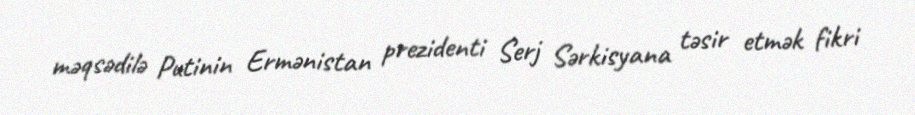
məqsədilə Putinin Ermənistan prezidenti Serj Sərkisyana təsir etmək fikri